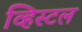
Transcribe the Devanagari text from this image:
व्हिस्टल